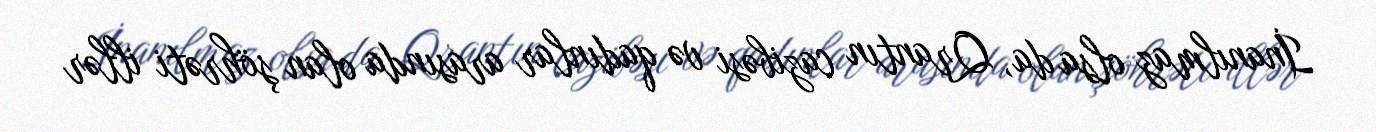
İnanılmaz olsa da, Qrantın cazibəsi və qadınlar arasında olan şöhrəti illər